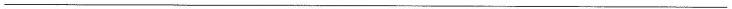
___